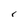
Character: r